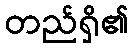
တည်ရှိ၏